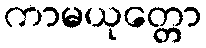
ကာမယုတ္တော